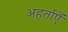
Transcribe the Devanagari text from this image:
अहर्ताएँ